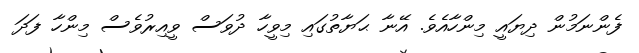
ފެންނަމުން ދިޔައީ މިންހާއެވެ. އޭނާ ޙަޔާތުގައި މިވީހާ ދުވަސް ވީއިރުވެސް މިންހާ ފަދަ